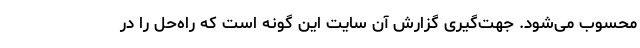
محسوب می‌شود. جهت‌گیری گزارش آن سایت این گونه است که راه‌حل را در